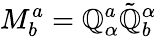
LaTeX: M_{b}^{a}=\mathbb{Q}_{\alpha}^{a}\tilde{{\mathbb{Q}}}_{b}^{\alpha}